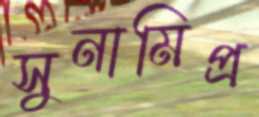
সুনামিপ্র